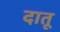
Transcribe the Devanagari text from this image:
दातू